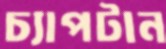
চ্যাপটান